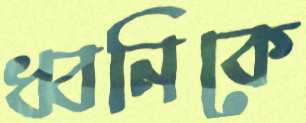
ধ্বনিকে